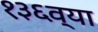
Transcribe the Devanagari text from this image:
१३६व्या